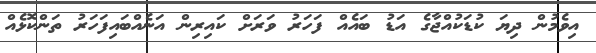
އިވެމުން ދިޔަ ކުޑަކުއްޖާގެ އަޑު ބައެއް ފަހަރު ވަރަށް ކައިރިން އަނެއްބައިފަހަރު ތަންކޮޅެއް